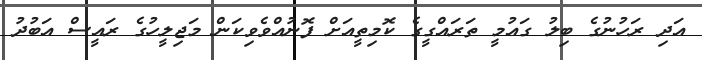
އަދި ރަހުނުގެ ބިލު ގައުމީ ތަރައްގީގެ ކޮމިތީއަށް ފޮނުއްވެވިކަން މަޖިލީހުގެ ރައީސް އަބުދު